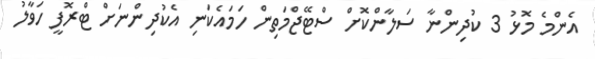
އެންމެ މޮޅު 3 ކުދިންނާ ސަލާންކޮށް ސްޓޭޖްމަތިން ހަމައެކަނި އެކުދިންނަށް ޓްރޮފީ ހަވާލު